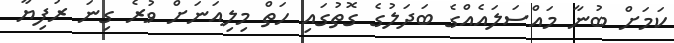
ކަމަށް ބުނާ މައްސަލައެއްގެ ބަދަލުގެ ގޮތުގައި ހަތް މިލިއަނަށް ވުރެ ގިނަ ރުފިޔާ